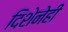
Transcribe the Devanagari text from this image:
दिशेनेही